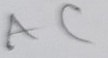
Text: AC